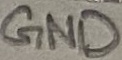
Text: GND